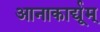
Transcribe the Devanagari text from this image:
आनाकार्द्यूम्